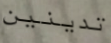
تدينين